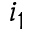
i _ { 1 }